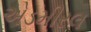
એડમીરલ